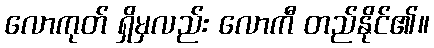
လောကုတ် ရှိမှလည်း လောကီ တည်နိုင်၏။